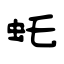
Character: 虴